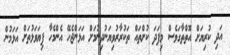
އަދި ކުރިޔަށް އޮތްތާގަވެސް މިފަދަ ކުށްތައް ތަކުރާރުވިޔަނުދިނުމަށް އަޅަންޖެހޭ އެންމެހާ ފިޔަވަޅުތަށް އަޅަމުން